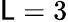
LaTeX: \mathsf{L}=3